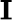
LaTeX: \mathbf{I}